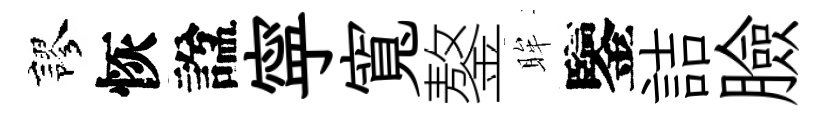
謬恢諡寜寬鏊眸鑒詰臉